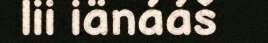
lii iänááš